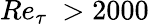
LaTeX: Re_{\tau}~>{2000}